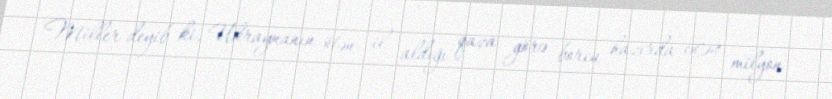
Miller deyib ki, Ukraynanın ötən il aldığı qaza görə borcu hazırda 604 milyon